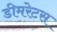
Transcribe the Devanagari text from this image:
डीमरेटस